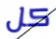
كل